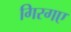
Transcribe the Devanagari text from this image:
गिरगए